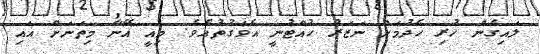
ލައިގެން ހުރި ހެދުމަށް ނަޒަރު ހުއްޓުނީ އެވަގުތުއެވެ. މިއީ އޭނާ މިތަނަށް އައި